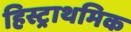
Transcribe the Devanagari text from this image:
हिस्ट्राथमिक